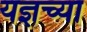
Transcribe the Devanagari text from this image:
यज्ञच्या